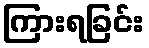
ကြားရခြင်း